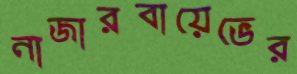
নাজারবায়েভের